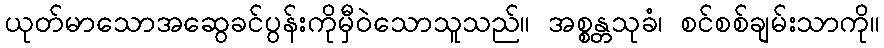
ယုတ်မာသောအဆွေခင်ပွန်းကိုမှီဝဲသောသူသည်။ အစ္စန္တသုခံ၊ စင်စစ်ချမ်းသာကို။